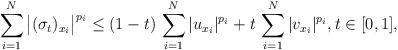
LaTeX: \begin{align*}\sum_{i=1}^N \big|(\sigma_t)_{x_i}\big|^{p_i}\le (1-t)\, \sum_{i=1}^N |u_{x_i}|^{p_i}+t\,\sum_{i=1}^N |v_{x_i}|^{p_i},t\in[0,1],\end{align*}